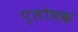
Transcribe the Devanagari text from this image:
प्लोषक